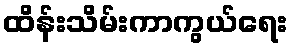
ထိန်းသိမ်းကာကွယ်ရေး